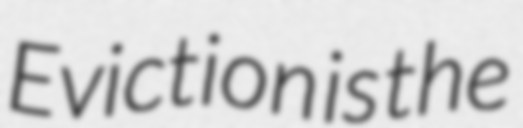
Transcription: Eviction is the